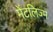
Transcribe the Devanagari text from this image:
मेंटलिज्म